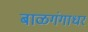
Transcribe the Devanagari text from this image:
बाळगंगाधर